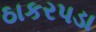
ઠાકરપડા